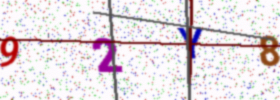
Text: 92Y8